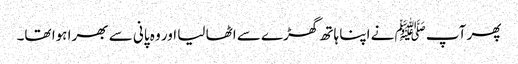
پھر آپﷺ نے اپنا ہاتھ گھڑے سے اٹھا لیا اور وہ پانی سے بھرا ہوا تھا۔